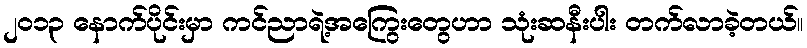
၂၀၁၃ နောက်ပိုင်းမှာ ကင်ညာရဲ့အကြွေးတွေဟာ သုံးဆနီးပါး တက်လာခဲ့တယ်။